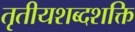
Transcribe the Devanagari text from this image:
तृतीयशब्दशक्ति